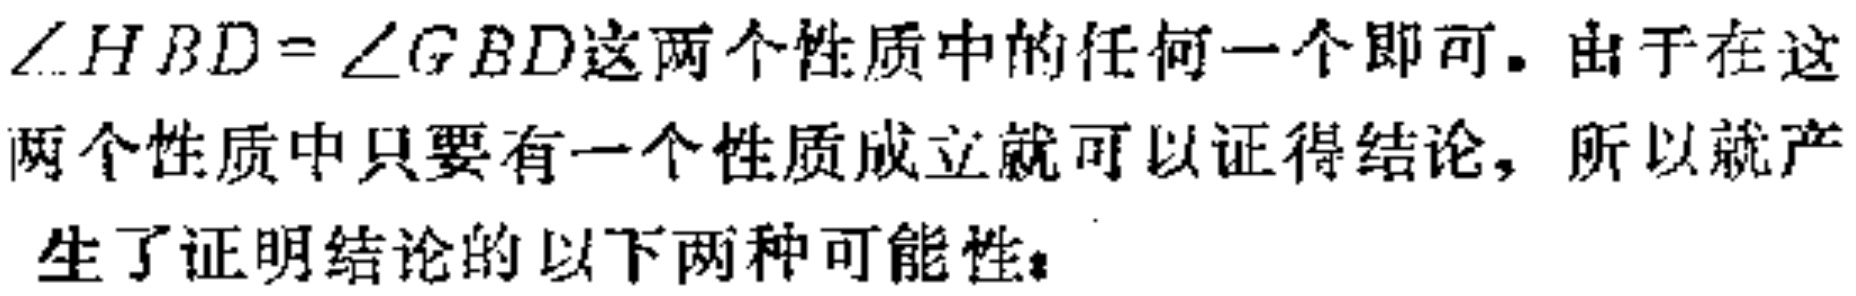
$\angle HBD=\angle GBD这两个性质中的任何一个即可。由于在这\\两个性质中只要有一个性质成立就可以证得结论，所以就产\\生了证明结论的以下两种可能性$